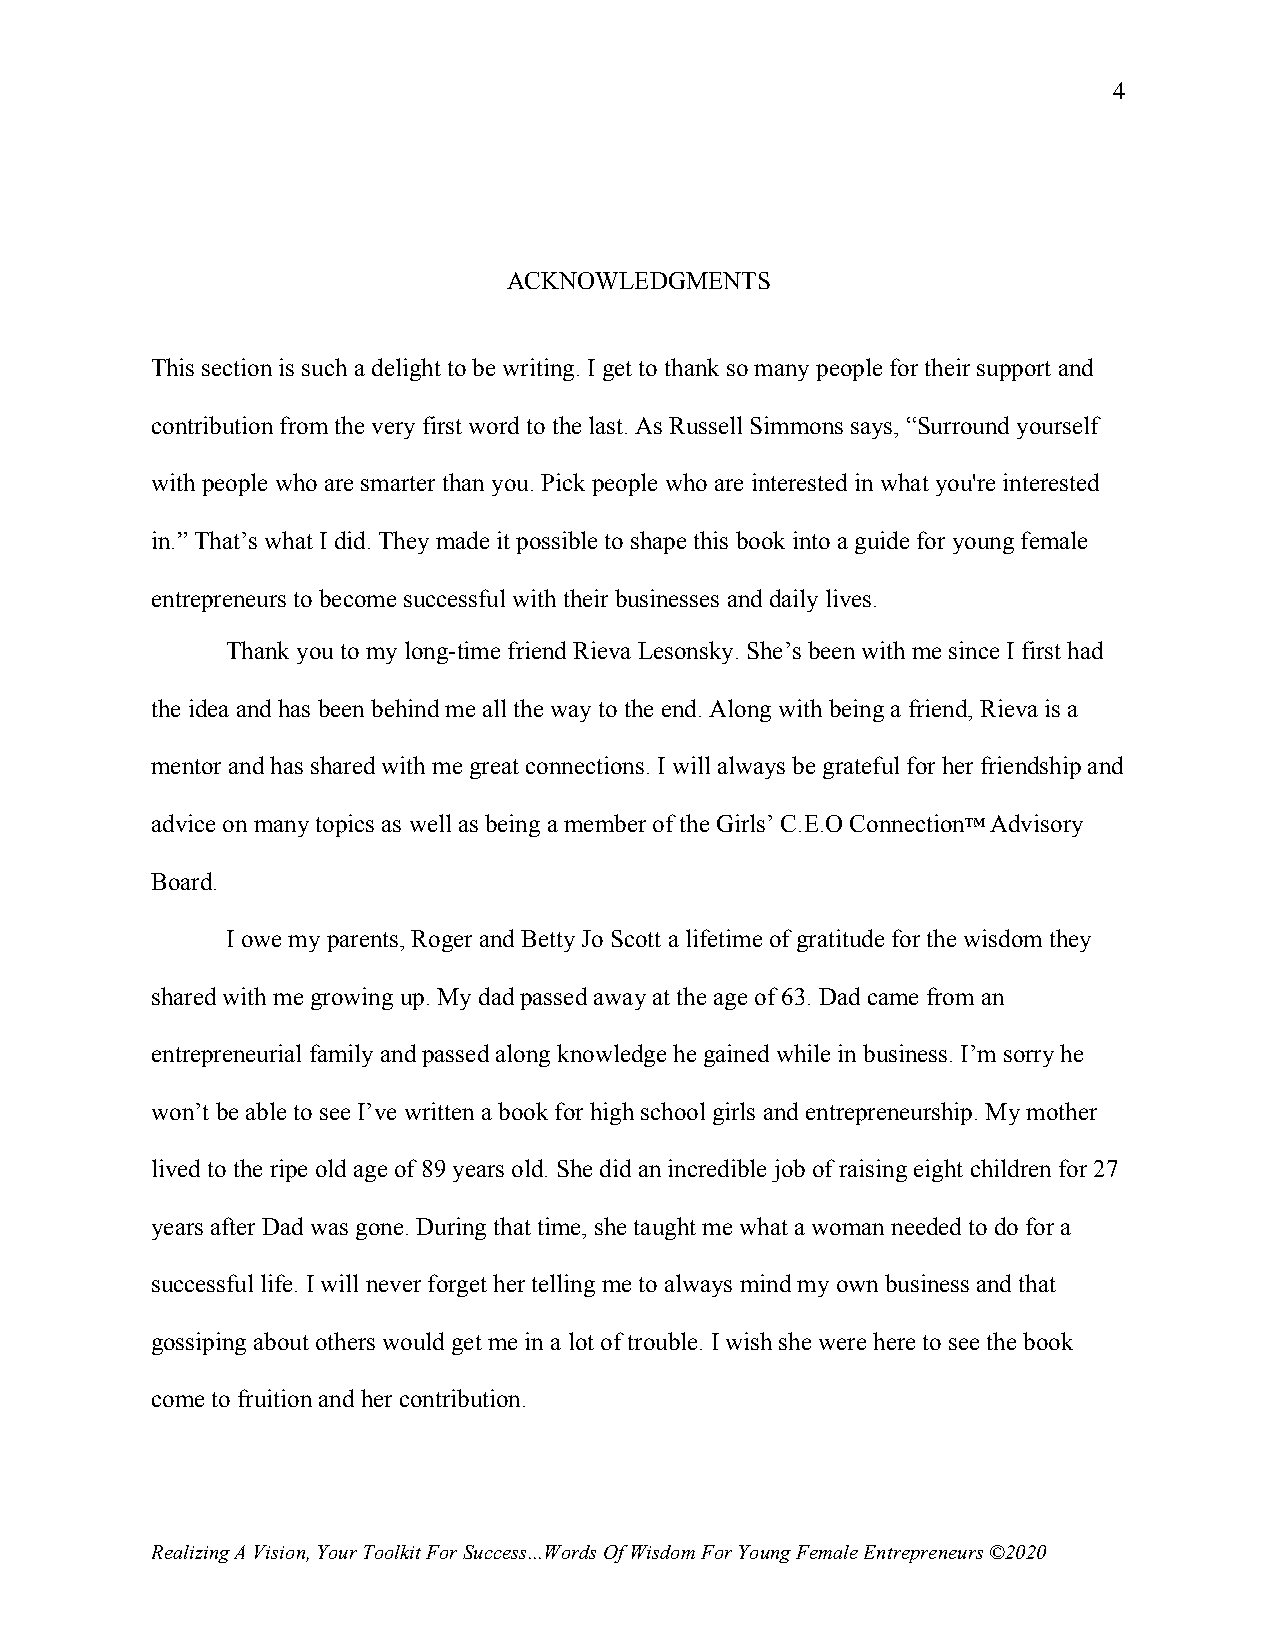
4
 ACKNOWLEDGMENTS
 This section is such a delight to be writing. I get to thank so many people for their support and
 contribution from the very first word to the last. As Russell Simmons says, “Surround yourself
 with people who are smarter than you. Pick people who are interested in what you're interested
 in.” That’s what I did. They made it possible to shape this book into a guide for young female
 entrepreneurs to become successful with their businesses and daily lives.
 Thank you to my long-time friend Rieva Lesonsky. She’s been with me since I first had
 the idea and has been behind me all the way to the end. Along with being a friend, Rieva is a
 mentor and has shared with me great connections. I will always be grateful for her friendship and
 advice on many topics as well as being a member of the Girls’ C.E.O Connection™ Advisory
 Board.
 I owe my parents, Roger and Betty Jo Scott a lifetime of gratitude for the wisdom they
 shared with me growing up. My dad passed away at the age of 63. Dad came from an
 entrepreneurial family and passed along knowledge he gained while in business. I’m sorry he
 won’t be able to see I’ve written a book for high school girls and entrepreneurship. My mother
 lived to the ripe old age of 89 years old. She did an incredible job of raising eight children for 27
 years after Dad was gone. During that time, she taught me what a woman needed to do for a
 successful life. I will never forget her telling me to always mind my own business and that
 gossiping about others would get me in a lot of trouble. I wish she were here to see the book
 come to fruition and her contribution.
 Realizing A Vision, Your Toolkit For Success...Words Of Wisdom For Young Female Entrepreneurs ©2020